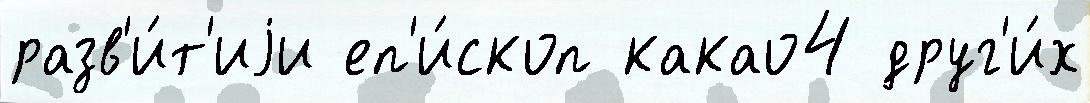
разв'и́т'иjи еп'и́скоп какао4 друг'и́х